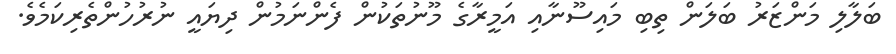
ބަލާލި މަންޒަރު ބަލަން ތިބި މައިސޫނާއި އަމީރާގެ މޫނުތަކުން ފެންނަމުން ދިޔައީ ނުރުހުންތެރިކަމެވެ.